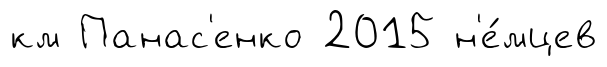
км Панас'енко 2015 н'е́мцев